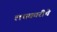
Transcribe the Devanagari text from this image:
लयकारीचे